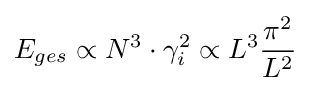
E_{ges}\propto N^{3}\cdot \gamma _{i}^{2}\propto L^{3}{\frac {\pi ^{2}}{L^{2}}}